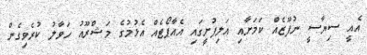
އެއީ ސިޔާސީ ނުފޫޒެއް ކަމަށާއި އަލިފުށީގައި އެއާޕޯޓެއް އެޅުމުގެ މަޝްރޫއު ހަވާލު ކުރެވިގެން